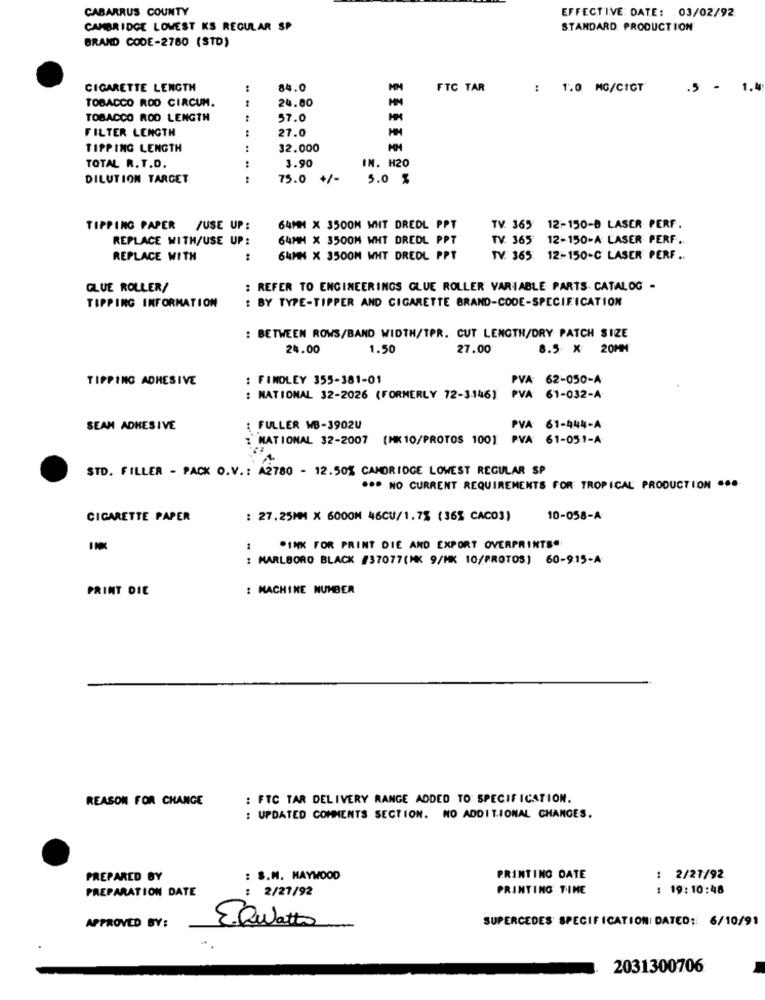
CABARRUS COUNTY
EFFECTIVE DATE: 03/02/92
CAMBRIDGE LOWEST KS REGULAR SP
STANDARD PRODUCTION
BRAND CODE-2780 (STD)
CIGARETTE LENGTH
84.0
FTC TAR
: 1.0 MG/CIGT
.5 -
1.4
TOBACCO ROD CIRCUM.
24.00
TOBACCO ROD LENGTH
57.0
-
FILTER LENGTH
27.0
TIPPING LENGTH
32.000
TOTAL R.T.D.
3.90
IN. H20
DILUTION TARGET
75.0 +/-
5.0 %
TIPPING PAPER /USE UP:
64MM X 3500M WHT DREDL PPT
TV. 365 12-150-8 LASER PERF.
REPLACE WITH/USE UP:
64MM X 3500M WHT DREDL PPT
TV. 365*
12-150-A- LASER PERF ..
REPLACE WITH
64MM X 3500M WHT DREDL PPT
TV. 365 12-150-C LASER PERF ..
GLUE ROLLER/
: REFER TO ENGINEERINGS GLUE ROLLER VARIABLE PARTS CATALOG -
: BY TYPE-TIPPER AND CIGARETTE BRAND-CODE-SPECIFICATION
TIPPING INFORMATION
: BETWEEN ROWS/BAND WIDTH/TPR. CUT LENGTH/DRY PATCH SIZE
24.00
1.50
27.00
8.5 X 20MM
TIPPING ADHESIVE
: FINOLEY 355-381-01
PVA: 62-050-A
: NATIONAL 32-2026 (FORMERLY 72-3146)
PVA: 61-032-A
SEAM ADHESIVE
: FULLER WB-3902U
PVA 61-444-A
: MATIONAL 32-2007 (MK 10/PROTOS 100]
PVA 61-051-A
STD. FILLER - PACK O.V .: A2780 - 12.50% CAMORIDGE LOWEST REGULAR SP
*** NO CURRENT REQUIREMENTS FOR TROPICAL PRODUCTION ....
CIGARETTE PAPER
: 27.25MM X 6000M 46CU/1.7% (36% CACO3)
10-058-A
*INK FOR PRINT DIE AND EXPORT OVERPRINTS"
: MARLBORO BLACK /37077(MK 9/MK 10/PROTOS) 60-915-A
PRINT DIE
: MACHINE NUMBER
REASON FOR CHANGE
: FTC TAR DELIVERY RANGE ADDED TO: SPECIFICATION.
: UPDATED COMMENTS SECTION. NO ADDITIONAL CHANGES.
PREPARED BY
: S.M. MAYWOOD
PRINTING DATE
: 2/27/92
PREPARATION DATE
: 2/27/92
PRINTING TIME
: 19:10:48
SUPERCEDES' SPECIFICATION: DATED: 6/10/91
APPROVED BY:
EQuatto
2031300706